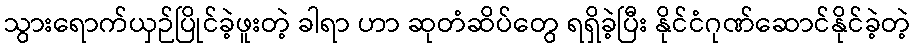
သွားရောက်ယှဉ်ပြိုင်ခဲ့ဖူးတဲ့ ခါရာ ဟာ ဆုတံဆိပ်တွေ ရရှိခဲ့ပြီး နိုင်ငံဂုဏ်ဆောင်နိုင်ခဲ့တဲ့